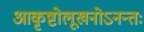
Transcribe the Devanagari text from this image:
आकृष्टोलूखनोऽनन्तः